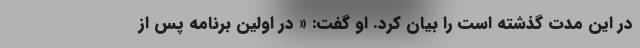
در این مدت گذشته است را بیان کرد. او گفت: « در اولین برنامه پس از